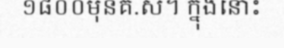
១៨០០មុនគ.ស។ ក្នុងនោះ